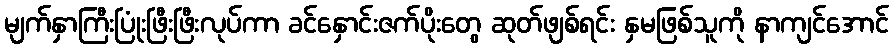
မျက်နှာကြီးပြုံးဖြီးဖြီးလုပ်ကာ ခင်နှောင်းဇက်ပိုးတွေ ဆုတ်ဖျစ်ရင်း နှမဖြစ်သူကို နာကျင်အောင်